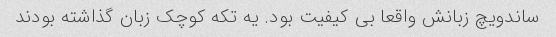
ساندویچ زبانش واقعا بی کیفیت بود. یه تکه کوچک زبان گذاشته بودند